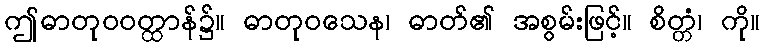
ဤဓာတုဝဝတ္ထာန်၌။ ဓာတုဝသေန၊ ဓာတ်၏ အစွမ်းဖြင့်။ စိတ္တံ၊ ကို။